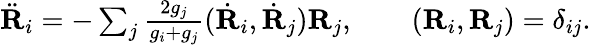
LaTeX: \begin{array}{r}{\ddot{\mathbf R}_{i}=-\sum_{j}\frac{2g_{j}}{g_{i}+g_{j}}(\dot{\mathbf R}_{i},\dot{\mathbf R}_{j}){\mathbf R}_{j},\qquad({\mathbf R}_{i},{\mathbf R}_{j})=\delta_{ij}.}\end{array}